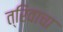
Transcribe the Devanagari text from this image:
त्रिवाचा